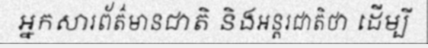
អ្នកសារព័ត៌មានជាតិ និងអន្តរជាតិថា ដើម្បី